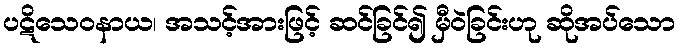
ပဋိသေဝနာယ၊ အသင့်အားဖြင့် ဆင်ခြင်၍ မှီဝဲခြင်းဟု ဆိုအပ်သော